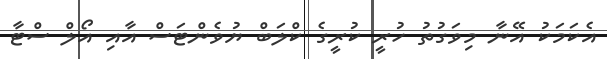
އެކަމަކު އޭނާ މިވަގުތު ހުރީ ކުރީގެ ކްލަބް ޔުވެންޓަސް އާއި އޯލް ސްޓާ